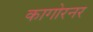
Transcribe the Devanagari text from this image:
कागोरनर